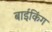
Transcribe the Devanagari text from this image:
बाईकिंग